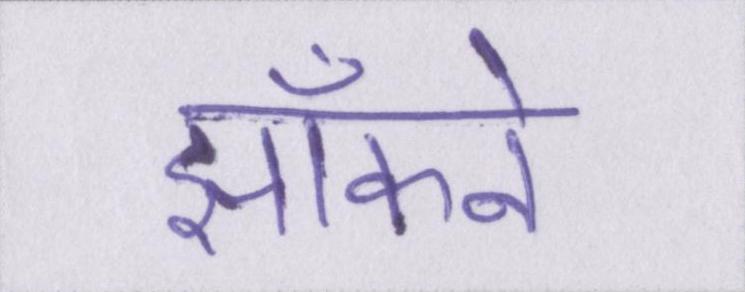
झाँकने